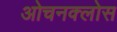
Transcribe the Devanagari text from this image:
ओचनक्लोस